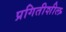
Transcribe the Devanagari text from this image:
प्रगितीशील